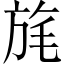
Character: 旄